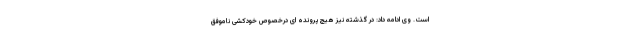
است. وی ادامه داد: در گذشته نیز هیچ پرونده ای درخصوص خودکشی ناموفق